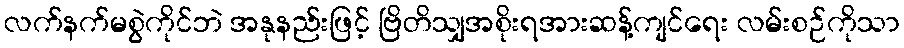
လက်နက်မစွဲကိုင်ဘဲ အနုနည်းဖြင့် ဗြိတိသျှအစိုးရအားဆန့်ကျင်ရေး လမ်းစဉ်ကိုသာ